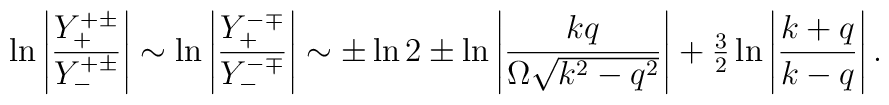
\ln\left|\frac{Y^{+\pm}_+}{Y^{+\pm}_-}\right|\sim\ln\left|\frac{Y^{-\mp}_+}    {Y^{-\mp}_-}\right|\sim\pm\ln 2\pm\ln\left|\frac{kq}{\Omega\sqrt{k^2-q^2}}    \right|+{\textstyle \frac{3}{2}}\ln\left|\frac{k+q}{k-q}\right|.